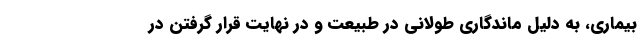
بیماری، به دلیل ماندگاری طولانی در طبیعت و در نهایت قرار گرفتن در